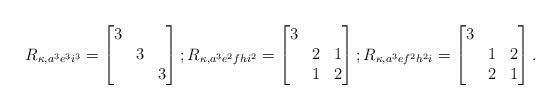
LaTeX: \begin{align*}&R_{\kappa, a^3e^3i^3} =\begin{bmatrix} 3&&\\&3&\\&&3\end{bmatrix}; R_{\kappa, a^3e^2fhi^2} =\begin{bmatrix} 3&&\\&2&1\\&1&2\end{bmatrix}; R_{\kappa, a^3ef^2h^2i} =\begin{bmatrix} 3&&\\&1&2\\&2&1\end{bmatrix}. \end{align*}